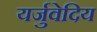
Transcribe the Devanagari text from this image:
यर्जुवेदिय